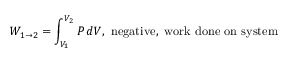
W _ { 1 \to 2 } = \int _ { V _ { 1 } } ^ { V _ { 2 } } P \, d V , \, \, { \mathrm { n e g a t i v e , ~ w o r k ~ d o n e ~ o n ~ s y s t e m } }